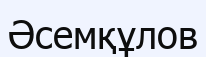
Әсемқұлов